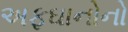
અફઘાનોનો